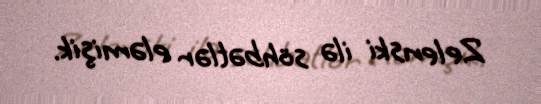
Zelenski ilə söhbətlər eləmişik.